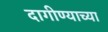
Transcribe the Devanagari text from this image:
दागीण्याच्या